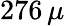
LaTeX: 276\, \mu